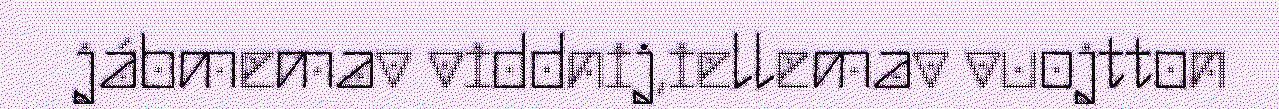
jábmemav viddnij,iellemav vuojtton